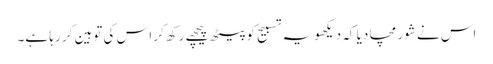
اس نے شور مچا دیا کہ دیکھو یہ تسبیح کو پیٹھ پیچھے رکھ کر اس کی توہین کر رہا ہے۔